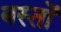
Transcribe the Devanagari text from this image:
बस्तों